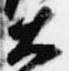
大